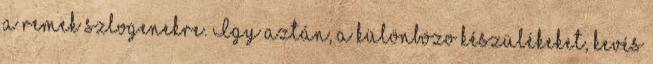
a remek szlogenekre. Így aztán, a különbözo készülékeket, kevés